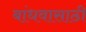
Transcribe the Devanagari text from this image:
बांधवासाठी